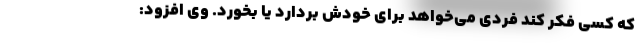
که کسی فکر کند فردی می‌خواهد برای خودش بردارد یا بخورد. وی افزود: